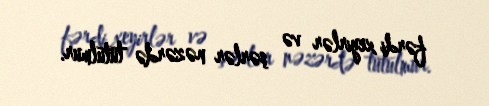
fərdi xeyirlər və şərlər nəzərdə tutulmur.